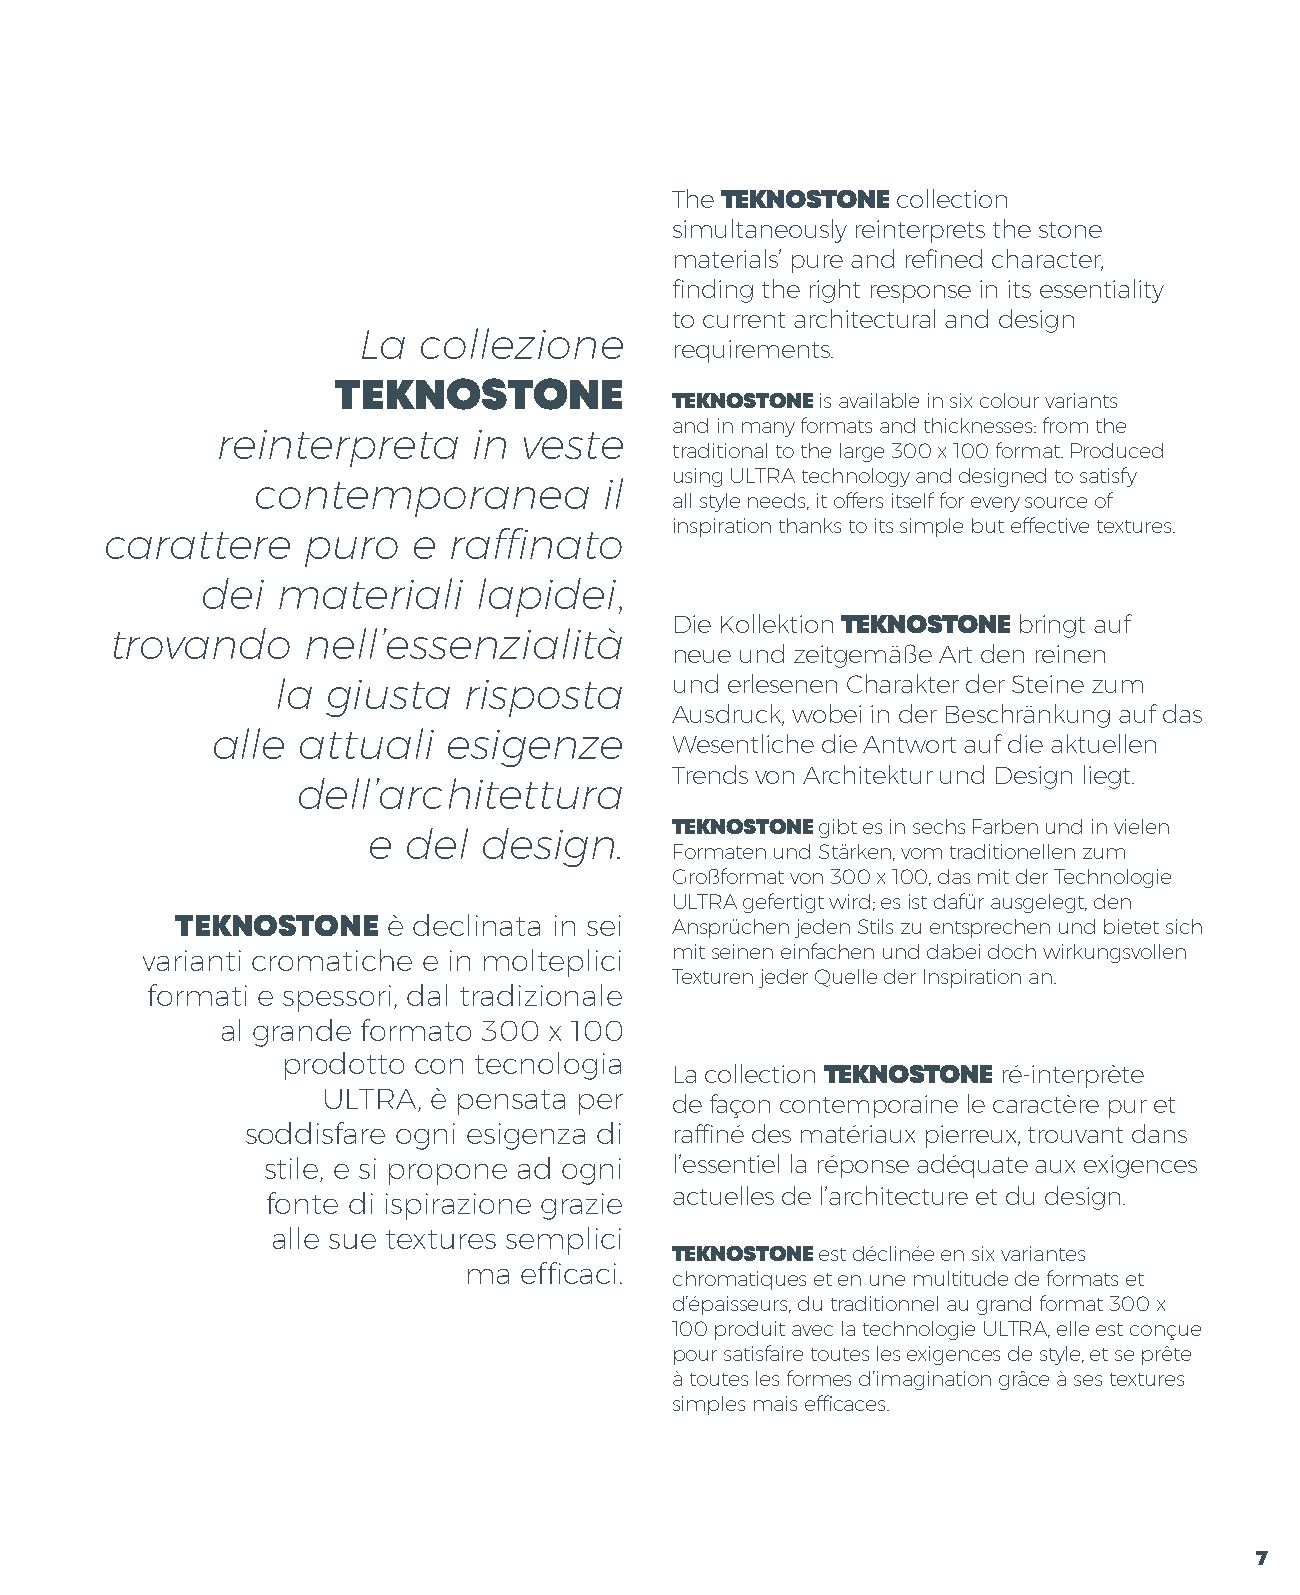
The TEKNOSTONE collection
 simultaneously reinterprets the stone
 materials’ pure and refined character,
 finding the right response in its essentiality
 to current architectural and design
 La  collezione
 requirements.
 TEKNOSTONE
 TEKNOSTONE is available in six colour variants
 and in many formats and thicknesses: from the
 reinterpreta     in  veste
 traditional to the large 300 x 100 format. Produced
 using ULTRA technology and designed to satisfy
 contemporanea          il
 all style needs, it offers itself for every source of
 inspiration thanks to its simple but effective textures.
 carattere    puro   e  raffinato
 dei  materiali    lapidei,
 Die Kollektion TEKNOSTONE bringt auf
 trovando     nell’essenzialità
 neue und zeitgemäße Art den reinen
 la  giusta   risposta     und erlesenen Charakter der Steine zum
 Ausdruck, wobei in der Beschränkung auf das
 alle  attuali   esigenze      Wesentliche die Antwort auf die aktuellen
 Trends von Architektur und Design liegt.
 dell’architettura
 TEKNOSTONE gibt es in sechs Farben und in vielen
 e  del  design.
 Formaten und Stärken, vom traditionellen zum
 Großformat von 300 x 100, das mit der Technologie
 ULTRA gefertigt wird; es ist dafür ausgelegt, den
 TEKNOSTONE    è declinata in sei Ansprüchen jeden Stils zu entsprechen und bietet sich
 mit seinen einfachen und dabei doch wirkungsvollen
 varianti cromatiche e in molteplici
 Texturen jeder Quelle der Inspiration an.
 formati e spessori, dal tradizionale
 al grande formato 300 x 100
 prodotto con tecnologia
 La collection TEKNOSTONE ré-interprète
 ULTRA, è pensata per
 de façon contemporaine le caractère pur et
 soddisfare ogni esigenza di raffiné des matériaux pierreux, trouvant dans
 stile, e si propone ad ogni l’essentiel la réponse adéquate aux exigences
 actuelles de l’architecture et du design.
 fonte di ispirazione grazie
 alle sue textures semplici
 TEKNOSTONE est déclinée en six variantes
 ma efficaci.
 chromatiques et en une multitude de formats et
 d’épaisseurs, du traditionnel au grand format 300 x
 100 produit avec la technologie ULTRA, elle est conçue
 pour satisfaire toutes les exigences de style, et se prête
 à toutes les formes d’imagination grâce à ses textures
 simples mais efficaces.
 7